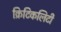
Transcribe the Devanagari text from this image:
क्रिटिकलिटी